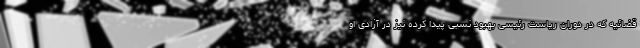
قضائیه که در دوران ریاست رئیسی بهبود نسبی پیدا کرده نیز در آزادی او